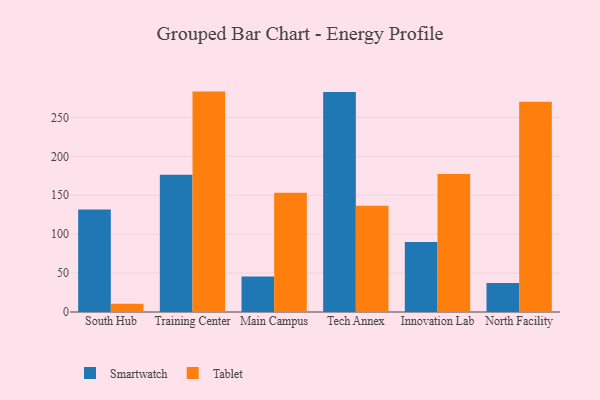
{"axis": {"x": "Campus", "y": "Market Share (%)"}, "legend": ["Smartwatch", "Tablet"], "data": [{"x": "South Hub", "y": 131.7, "type": "Smartwatch"}, {"x": "South Hub", "y": 10.5, "type": "Tablet"}, {"x": "Training Center", "y": 176.3, "type": "Smartwatch"}, {"x": "Training Center", "y": 283.2, "type": "Tablet"}, {"x": "Main Campus", "y": 45.7, "type": "Smartwatch"}, {"x": "Main Campus", "y": 153.2, "type": "Tablet"}, {"x": "Tech Annex", "y": 282.7, "type": "Smartwatch"}, {"x": "Tech Annex", "y": 136.4, "type": "Tablet"}, {"x": "Innovation Lab", "y": 89.9, "type": "Smartwatch"}, {"x": "Innovation Lab", "y": 177.3, "type": "Tablet"}, {"x": "North Facility", "y": 37.3, "type": "Smartwatch"}, {"x": "North Facility", "y": 270.3, "type": "Tablet"}]}